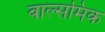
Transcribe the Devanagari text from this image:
बाल्समिक